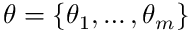
\boldsymbol { \theta } = \{ \theta _ { 1 } , \dots , \theta _ { m } \}